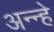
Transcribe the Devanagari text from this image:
अन्न्हे